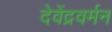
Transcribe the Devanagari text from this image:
देवेंद्रवर्मन